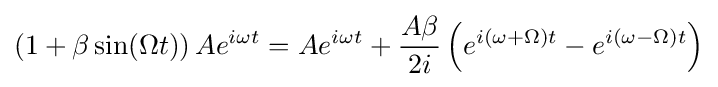
\left(1+\beta \sin(\Omega t)\right)Ae^{i\omega t}=Ae^{i\omega t}+{\frac {A\beta }{2i}}\left(e^{i(\omega +\Omega )t}-e^{i(\omega -\Omega )t}\right)